Document type: Sale
Year: 1305
Scribe: Bernat de Vilarúbia
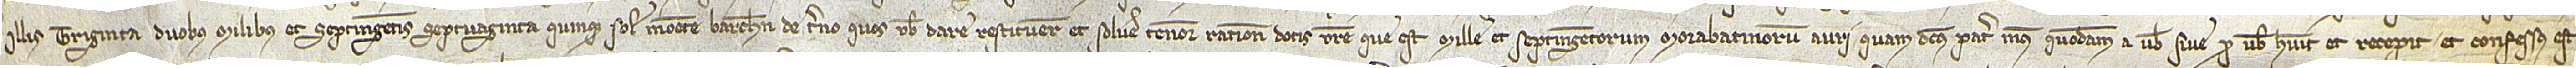
illis triginta duobus milibus et septingentis septuaginta quinque solidos monete Barchinone de terno quos vobis dare, restituere et solvere tenore rationis dotis vestre, que est mille et septingentorum morabatinorum auri, quam dictus pater meus, quondam, a vobis sive pro vobis habuit et recepit et confessus est